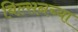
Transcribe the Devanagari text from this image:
विल्सनच्या